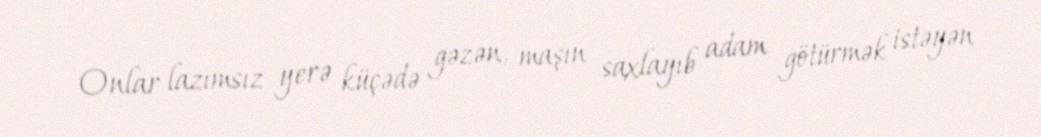
Onlar lazımsız yerə küçədə gəzən, maşın saxlayıb adam götürmək istəyən